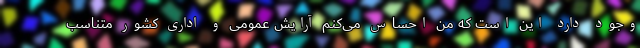
وجود دارد این است که من احساس می‌کنم آرایش عمومی و اداری کشور متناسب